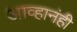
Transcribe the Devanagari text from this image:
आव्हानंही